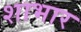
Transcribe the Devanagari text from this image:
शाभार